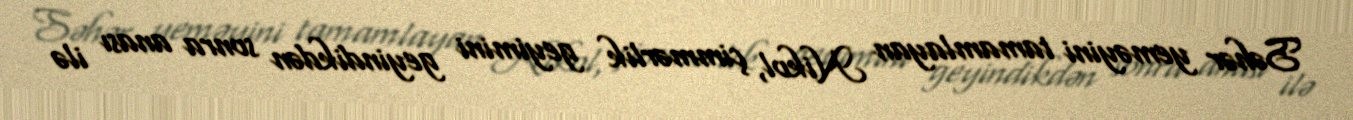
Səhər yeməyini tamamlayan Nikol, çimmərlik geyimini geyindikdən sonra anası ilə